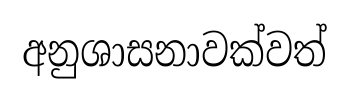
අනුශාසනාවක්වත්